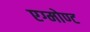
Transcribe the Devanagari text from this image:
एग्मोण्ट